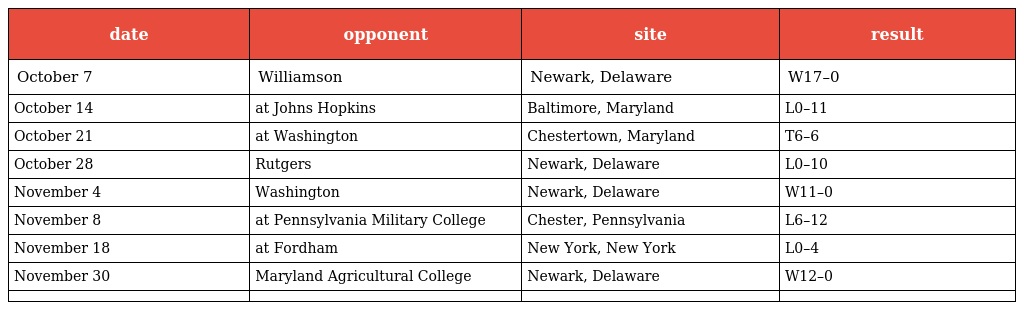
| date | opponent | site | result |
 | --- | --- | --- | --- |
 | October 7 | Williamson | Newark, Delaware | W17–0 |
 | October 14 | at Johns Hopkins | Baltimore, Maryland | L0–11 |
 | October 21 | at Washington | Chestertown, Maryland | T6–6 |
 | October 28 | Rutgers | Newark, Delaware | L0–10 |
 | November 4 | Washington | Newark, Delaware | W11–0 |
 | November 8 | at Pennsylvania Military College | Chester, Pennsylvania | L6–12 |
 | November 18 | at Fordham | New York, New York | L0–4 |
 | November 30 | Maryland Agricultural College | Newark, Delaware | W12–0 |
 |  |  |  |  |